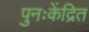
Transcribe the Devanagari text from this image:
पुनःकेंद्रित